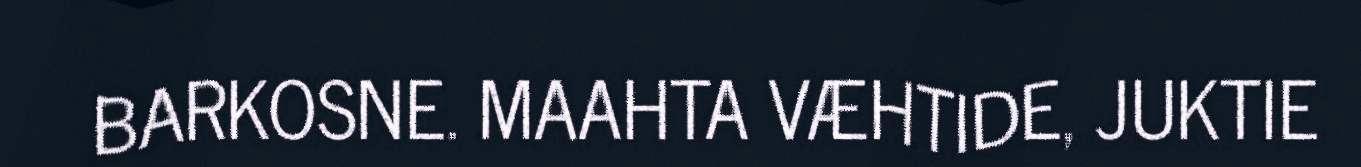
BARKOSNE. MAAHTA VÆHTIDE, JUKTIE